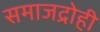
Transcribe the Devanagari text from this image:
समाजद्रोही